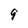
Character: 9